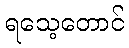
ရသေ့တောင်